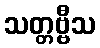
သတ္တဗ္ဗီသ